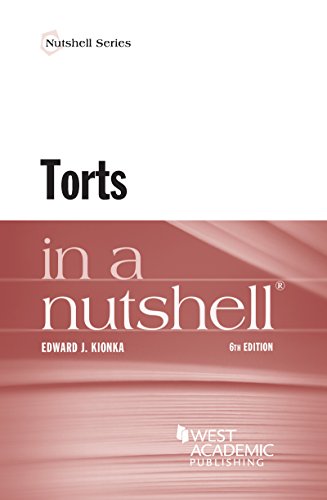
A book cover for Torts in a Nutshell; Edward Kionka; Law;